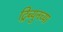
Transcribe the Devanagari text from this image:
ट्रिब्युनच्या